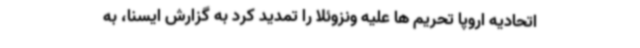
اتحادیه اروپا تحریم ها علیه ونزوئلا را تمدید کرد به گزارش ایسنا، به